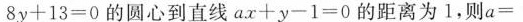
$$8 y + 1 3 = 0$$的圆心到直线$$a x + y - 1 = 0$$的距离为1，则$$a =$$